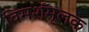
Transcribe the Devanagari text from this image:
विमर्शमूलक